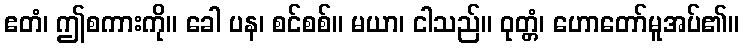
ဧတံ၊ ဤစကားကို။ ခေါ ပန၊ စင်စစ်။ မယာ၊ ငါသည်။ ဝုတ္တံ၊ ဟောတော်မူအပ်၏။